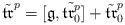
LaTeX: \begin{align*}\tilde{\mathfrak{tr}}^p=[\mathfrak g, \tilde{\mathfrak{tr}^p_0}]+\tilde{\mathfrak{tr}}^p_0\end{align*}